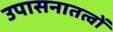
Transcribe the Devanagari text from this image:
उपासनातत्वों